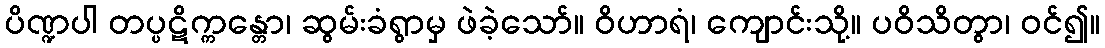
ပိဏ္ဍပါ တပ္ပဋိက္ကန္တော၊ ဆွမ်းခံရွာမှ ဖဲခဲ့သော်။ ဝိဟာရံ၊ ကျောင်းသို့။ ပဝိသိတွာ၊ ဝင်၍။